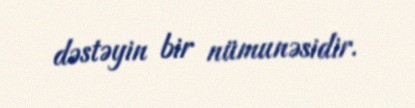
dəstəyin bir nümunəsidir.